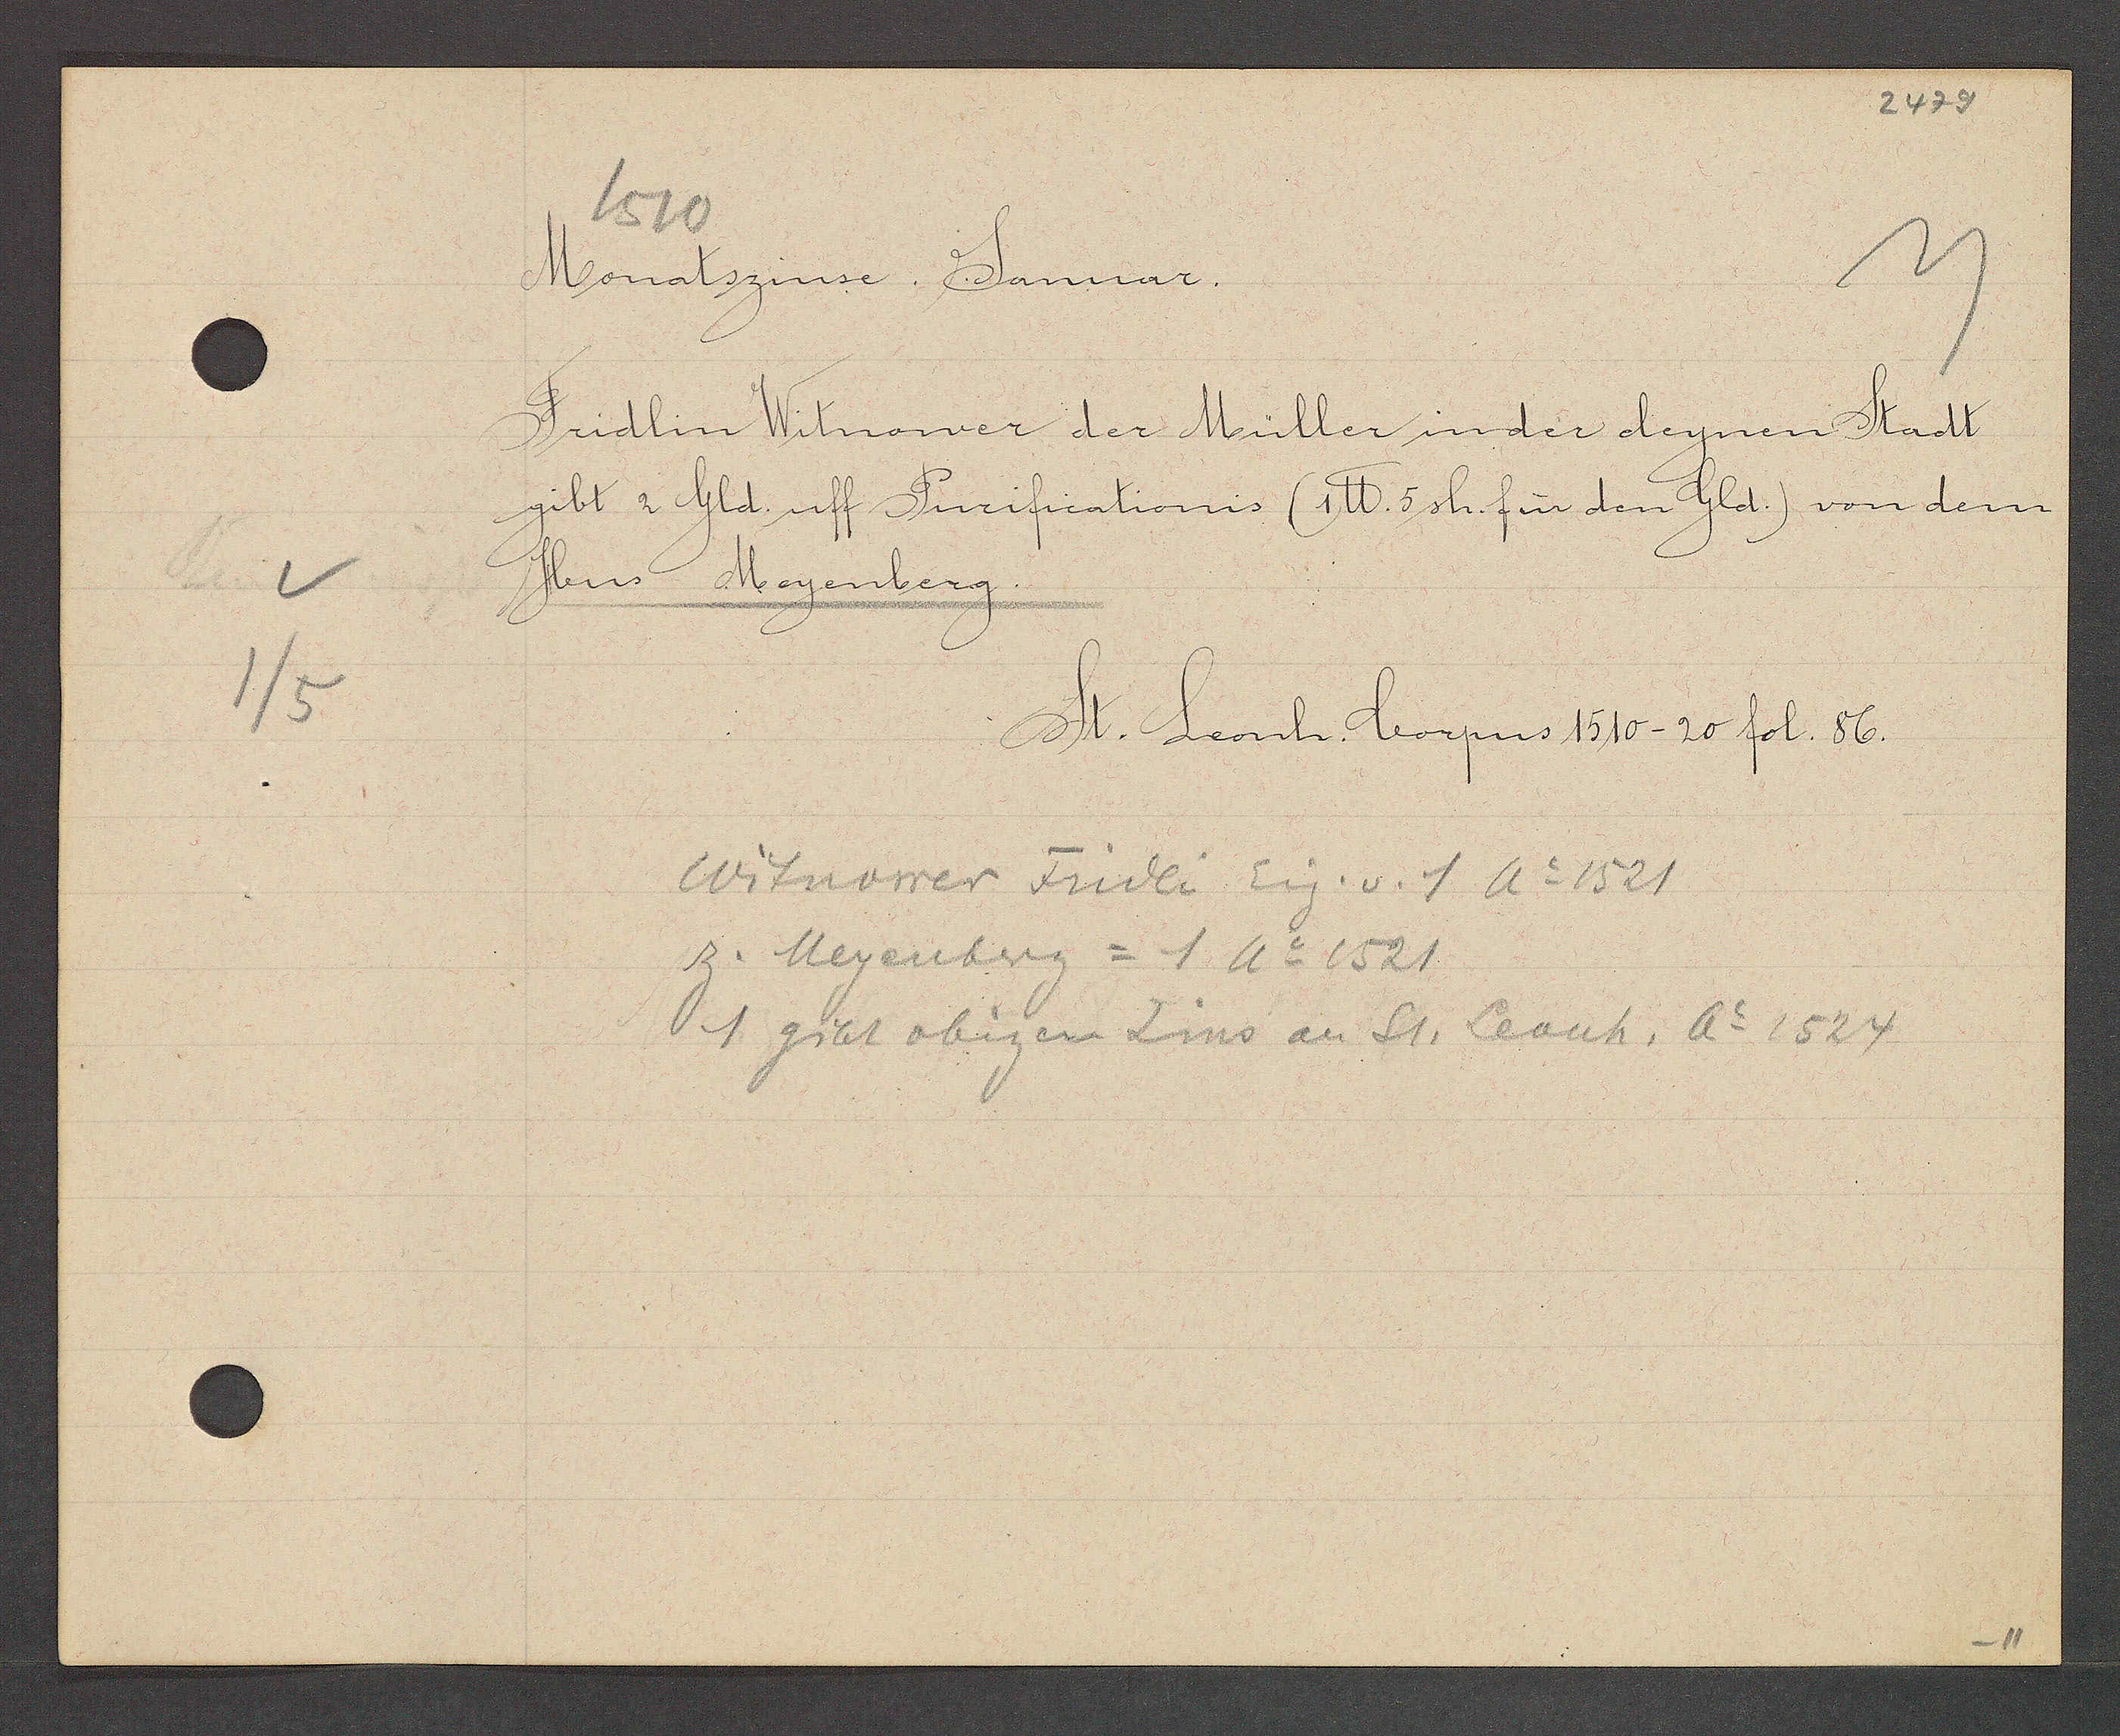
Transcript:
1/5

1510
Monatszinse Januar.

Fridlin Winower der Müller in der deynen Stadt
gibt 2 Gld. uff Purificationis (1℔. 5 sh. für den Gld.) von dem
Hus Meyenberg.

St. Leonh. Corpus 1510-20 fol. 86.

Witnower Fridli Eig. v. 1 Ao 1521
z. Meyenberg = 1 Ao 1521
1 gibt obigen Zins an St. Leonh. Ao 1524